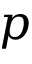
p